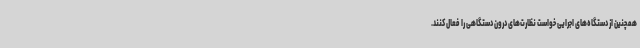
همچنین از دستگاه‌های اجرایی خواست نظارت‌های درون دستگاهی را فعال کنند.